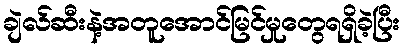
ချဲလ်ဆီးနဲ့အတူအောင်မြင်မှုတွေရရှိခဲ့ပြီး